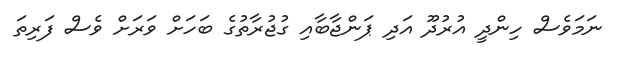
ނަމަވެސް ހިންދީ އުރުދޫ އަދި ޕަންޖާބާއި ގުޖުރާތުގެ ބަހަށް ވަރަށް ވެސް ފަރިތަ